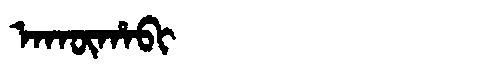
Manchu: ᠠᡴᡡᡥᠠᠪᡳ
Romanization: AKŪHABI